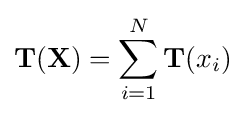
\mathbf {T} (\mathbf {X} )=\sum _{i=1}^{N}\mathbf {T} (x_{i})